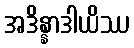
အဒိန္နာဒါယိဿ